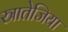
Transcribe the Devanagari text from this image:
स्त्रातेजिया